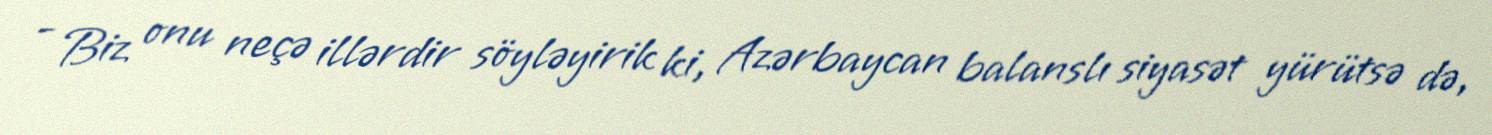
- Biz onu neçə illərdir söyləyirik ki, Azərbaycan balanslı siyasət yürütsə də,